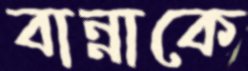
বান্নাকে